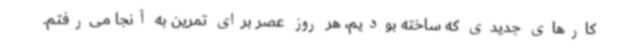
کارهای جدیدی که ساخته بودیم، هر روز عصر برای تمرین به آنجا می‌رفتم.